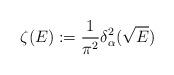
LaTeX: \begin{align*} \zeta(E):= \frac 1 {\pi^2} \delta_\alpha^2(\sqrt E)\end{align*}